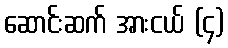
ဆောင်းဆက် အားငယ် (၄)